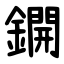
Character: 鐦